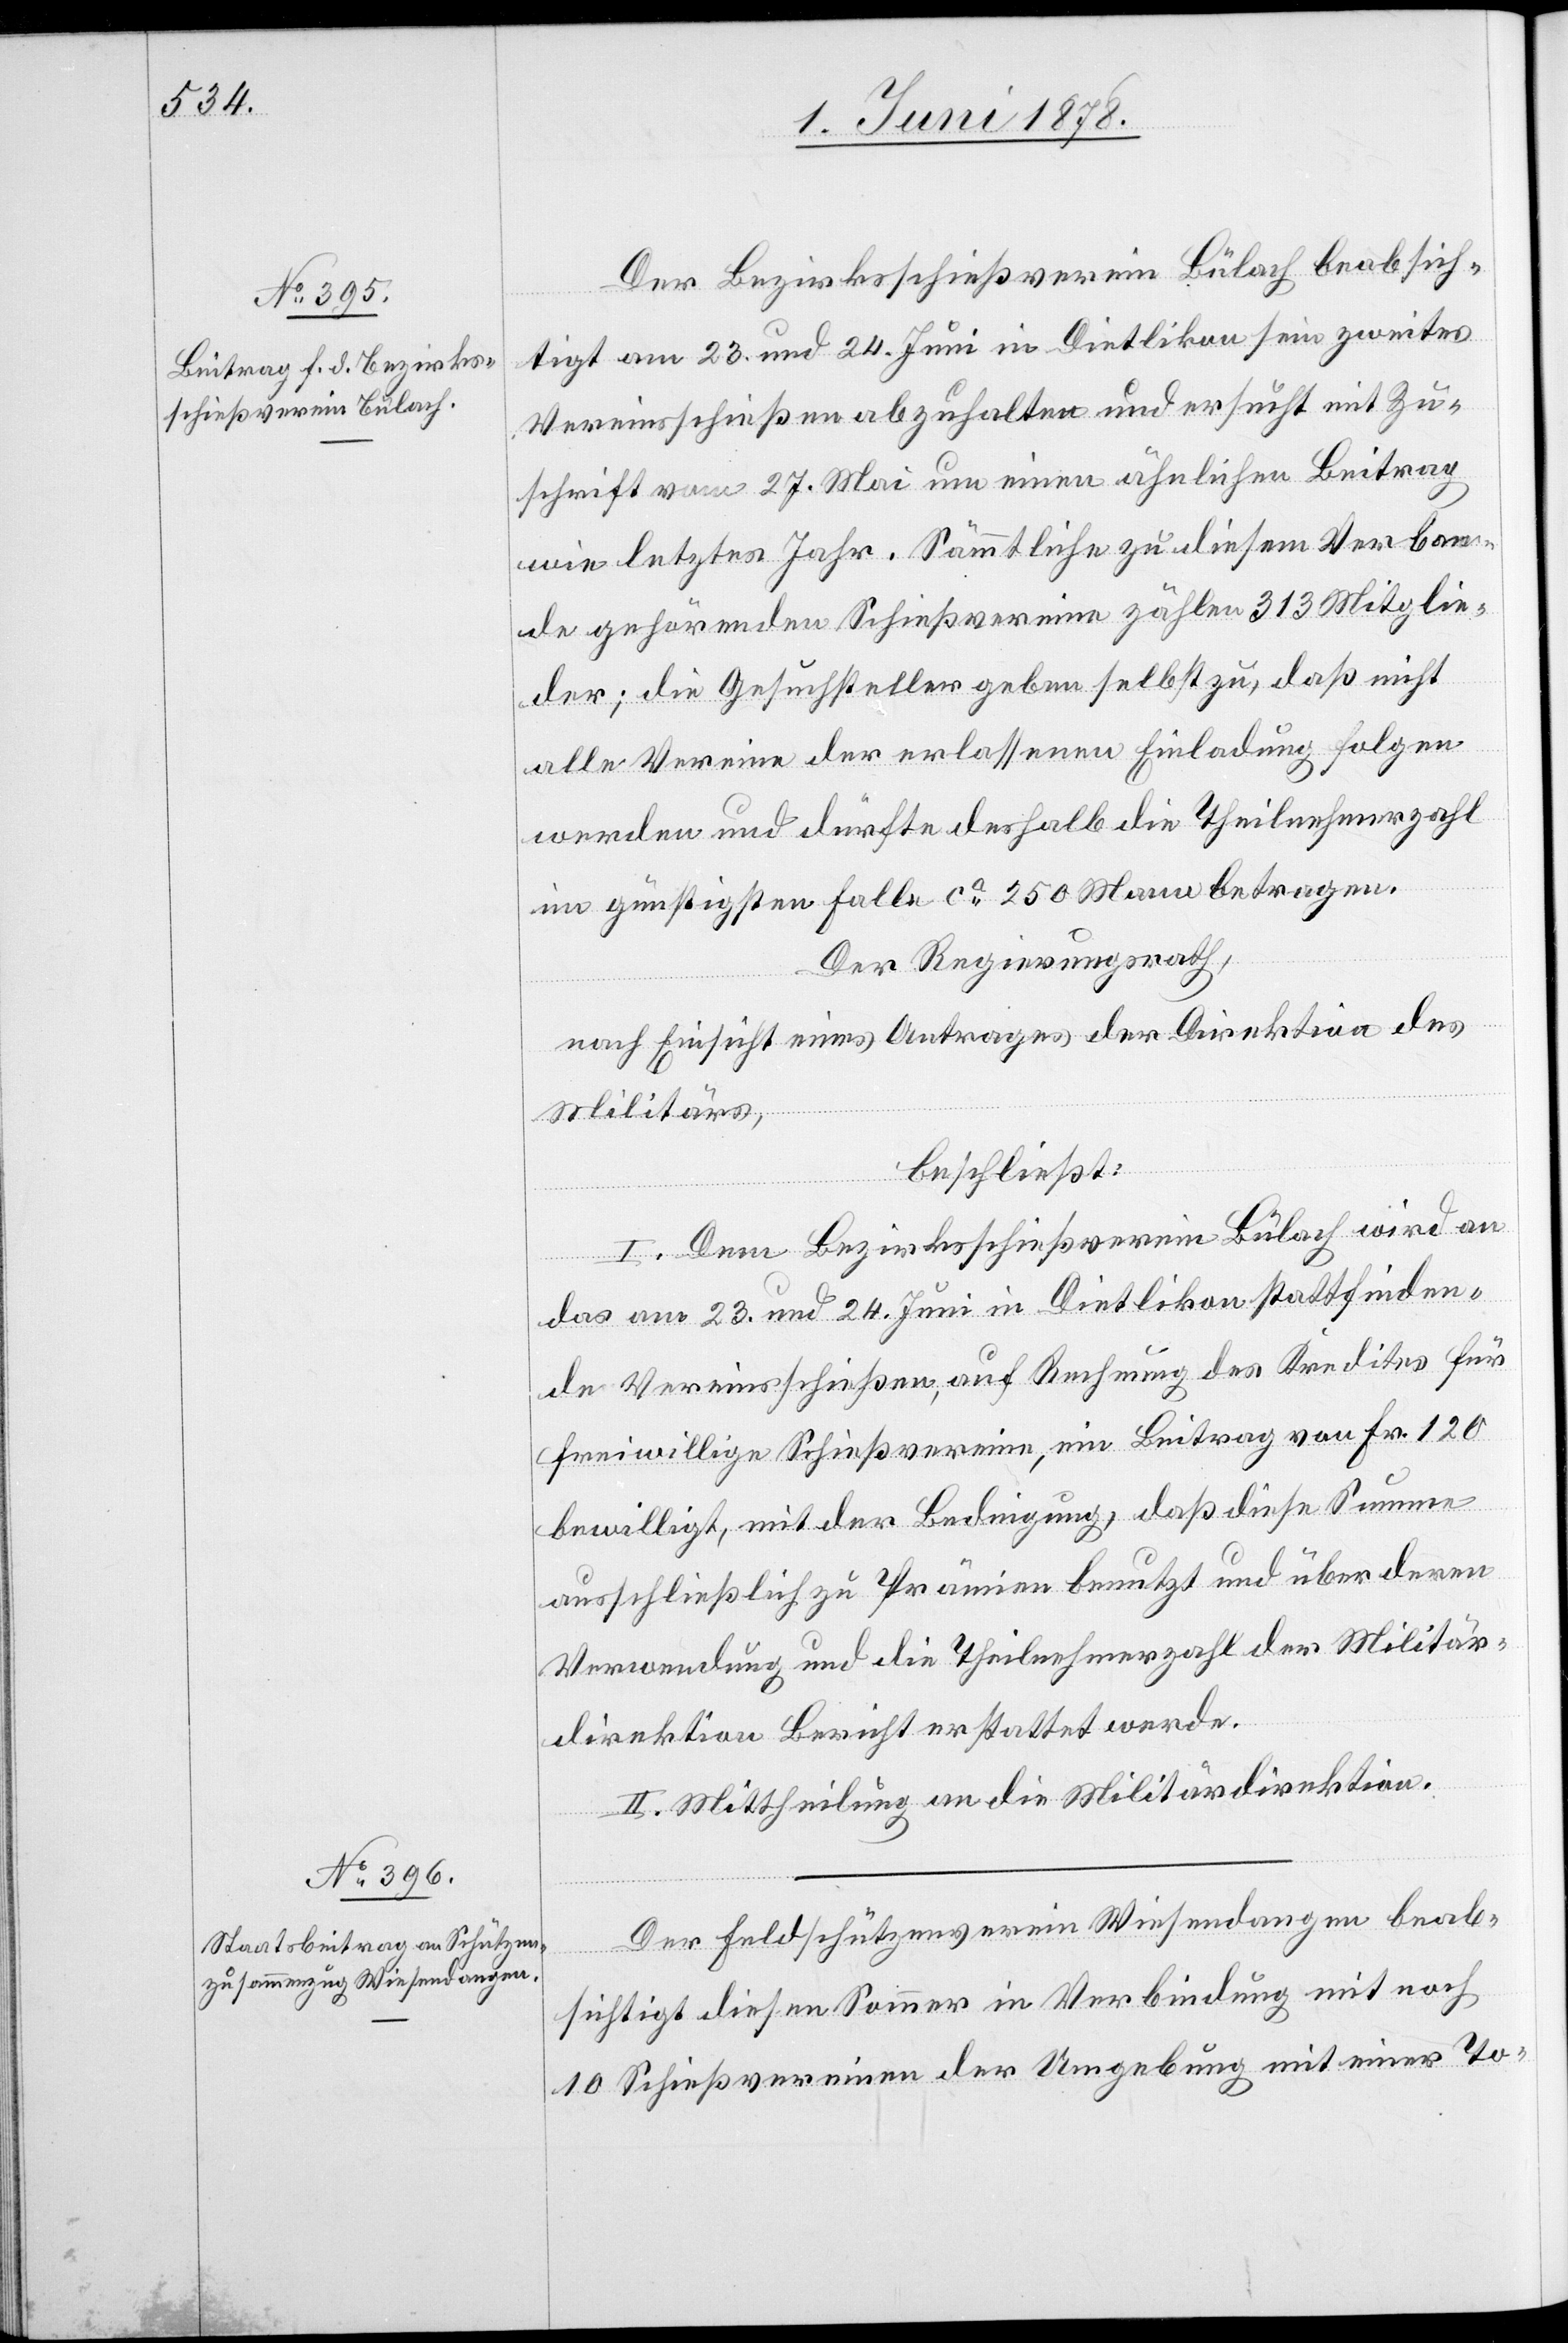
Der Bezirksschießverein Bülach beabsich¬
tigt am 23. und 24. Juni in Dietlikon sein zweites
Vereinsschießen abzuhalten und ersucht mit Zu¬
schrift vom 27. Mai um einen ähnlichen Beitrag
wie letztes Jahr. Sämmtliche zu diesem Verban¬
de gehörenden Schießvereine zählen 313 Mitglie¬
der; die Gesuchsteller geben selbst zu, daß nicht
alle Vereine der erlassenen Einladung folgen
werden und dürfte deshalb die Theilnehmerzahl
ihm günstigsten Falle ca 250 Mann betragen.
Der Regierungsrath,
nach Einsicht eines Antrages der Direktion des
Militärs,
beschließt:
I. Dem Bezirksschießverein Bülach wird an
das am 23. und 24. Juni in Dietlikon stattfinden¬
de Vereinsschießen, auf Rechnung des Kredites für
freiwillige Schießvereine, ein Beitrag von Fr. 120
bewilligt, mit der Bedingung, daß diese Summe
ausschließlich zu Prämien benutzt und über deren
Verwendung und die Theilnehmerzahl der Militär¬
direktion Bericht erstattet werde.
II. Mittheilung an die Militärdirektion.
Der Feldschützenverein Wiesendangen beab¬
sichtigt diesen Sommer in Verbindung mit noch
10 Schießvereinen der Umgebung mit einer To-